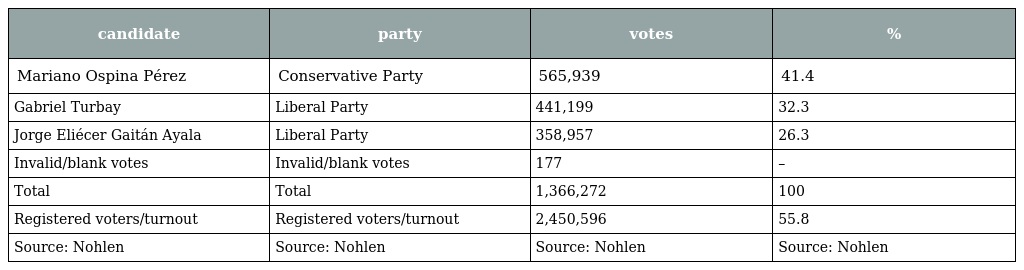
| candidate | party | votes | % |
 | --- | --- | --- | --- |
 | Mariano Ospina Pérez | Conservative Party | 565,939 | 41.4 |
 | Gabriel Turbay | Liberal Party | 441,199 | 32.3 |
 | Jorge Eliécer Gaitán Ayala | Liberal Party | 358,957 | 26.3 |
 | Invalid/blank votes | Invalid/blank votes | 177 | – |
 | Total | Total | 1,366,272 | 100 |
 | Registered voters/turnout | Registered voters/turnout | 2,450,596 | 55.8 |
 | Source: Nohlen | Source: Nohlen | Source: Nohlen | Source: Nohlen |